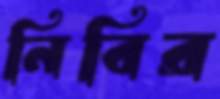
নিবির